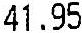
41.95